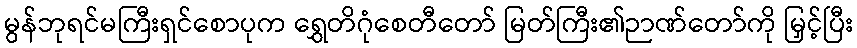
မွန်ဘုရင်မကြီးရှင်စောပုက ရွှေတိဂုံစေတီတော် မြတ်ကြီး၏ဉာဏ်တော်ကို မြှင့်ပြီး